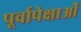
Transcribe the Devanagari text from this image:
पूर्वापेक्षाओं